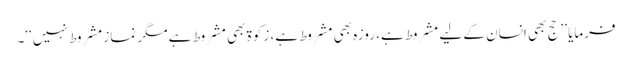
فرمایا ’’حج بھی انسان کے لیے مشروط ہے، روزہ بھی مشروط ہے، زکوۃ بھی مشروط ہے مگر نماز مشروط نہیں‘‘۔